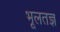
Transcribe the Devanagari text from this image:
भूलतज्ञ